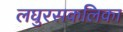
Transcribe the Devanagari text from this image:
लघुरसकलिका